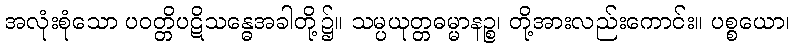
အလုံးစုံသော ပဝတ္တိပဋိသန္ဓေအခါတို့၌။ သမ္ပယုတ္တဓမ္မာနဉ္စ၊ တို့အားလည်းကောင်း။ ပစ္စယော၊